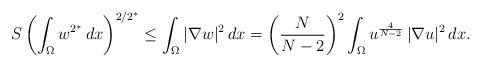
LaTeX: \begin{align*} S \left(\int_\Omega w^{2^\ast}\, dx\right)^{2/2^\ast} \le \int_\Omega |\nabla w|^2\, dx = \left(\frac{N}{N - 2}\right)^2 \int_\Omega u^\frac{4}{N-2}\, |\nabla u|^2\, dx.\end{align*}